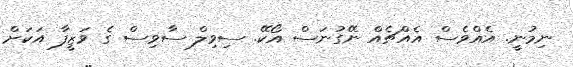
ނިމުނީ. އެއްވެސް އެއްޗެއް ނޭގުނަސް އޯކޭ. ސިވިލް ސާވިސް ގެ ވަޒީފާ އަކަށް